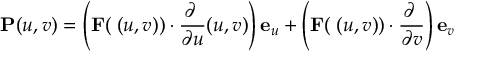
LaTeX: \mathbf { P } ( u , v ) = \left( \mathbf { F } ( \mathbf { \psi } ( u , v ) ) \cdot { \frac { \partial \mathbf { \psi } } { \partial u } } ( u , v ) \right) \mathbf { e } _ { u } + \left( \mathbf { F } ( \mathbf { \psi } ( u , v ) ) \cdot { \frac { \partial \mathbf { \psi } } { \partial v } } \right) \mathbf { e } _ { v }